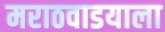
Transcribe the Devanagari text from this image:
मराठवाडयाला